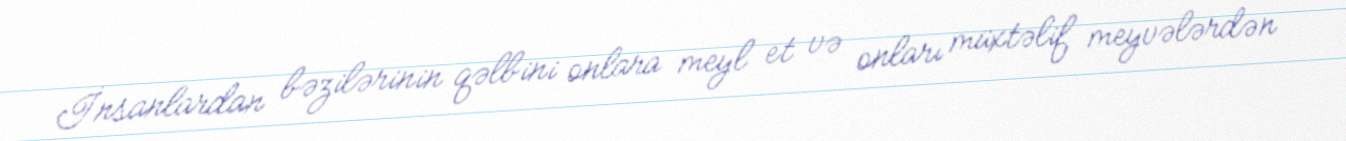
İnsanlardan bəzilərinin qəlbini onlara meyl et və onları müxtəlif meyvələrdən